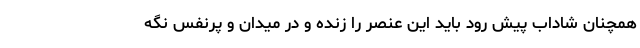
همچنان شاداب پیش رود باید این عنصر را زنده و در میدان و پرنفس نگه